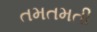
તમતમતી